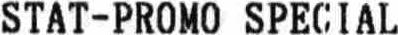
STAT-PROMO SPECIAL